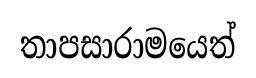
තාපසාරාමයෙත්